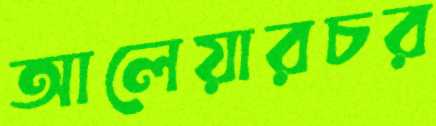
আলেয়ারচর